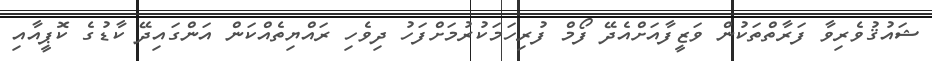
ޝައުޤުވެރިވާ ފަރާތްތަކުން ވަޒީފާއަށްއެދޭ ފޯމް ފުރިހަމަކުރުމަށްފަހު ދިވެހި ރައްޔިތެއްކަން އަންގައިދޭ ކާޑުގެ ކޮޕީއާއި